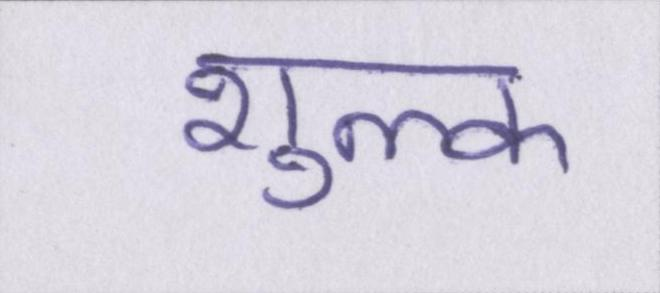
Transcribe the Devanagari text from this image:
शुल्क